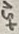
Text: +5V